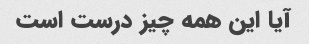
آیا این همه چیز درست است